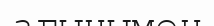
ағынымен